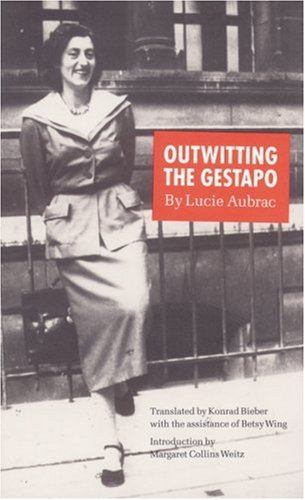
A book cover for Outwitting the Gestapo; Lucie Aubrac; Biographies & Memoirs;